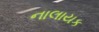
નાલાયક